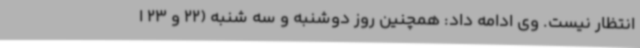
انتظار نیست. وی ادامه داد: همچنین روز دوشنبه و سه شنبه (22 و 23 ا